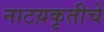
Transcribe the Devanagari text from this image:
नाटय़कृतीचे